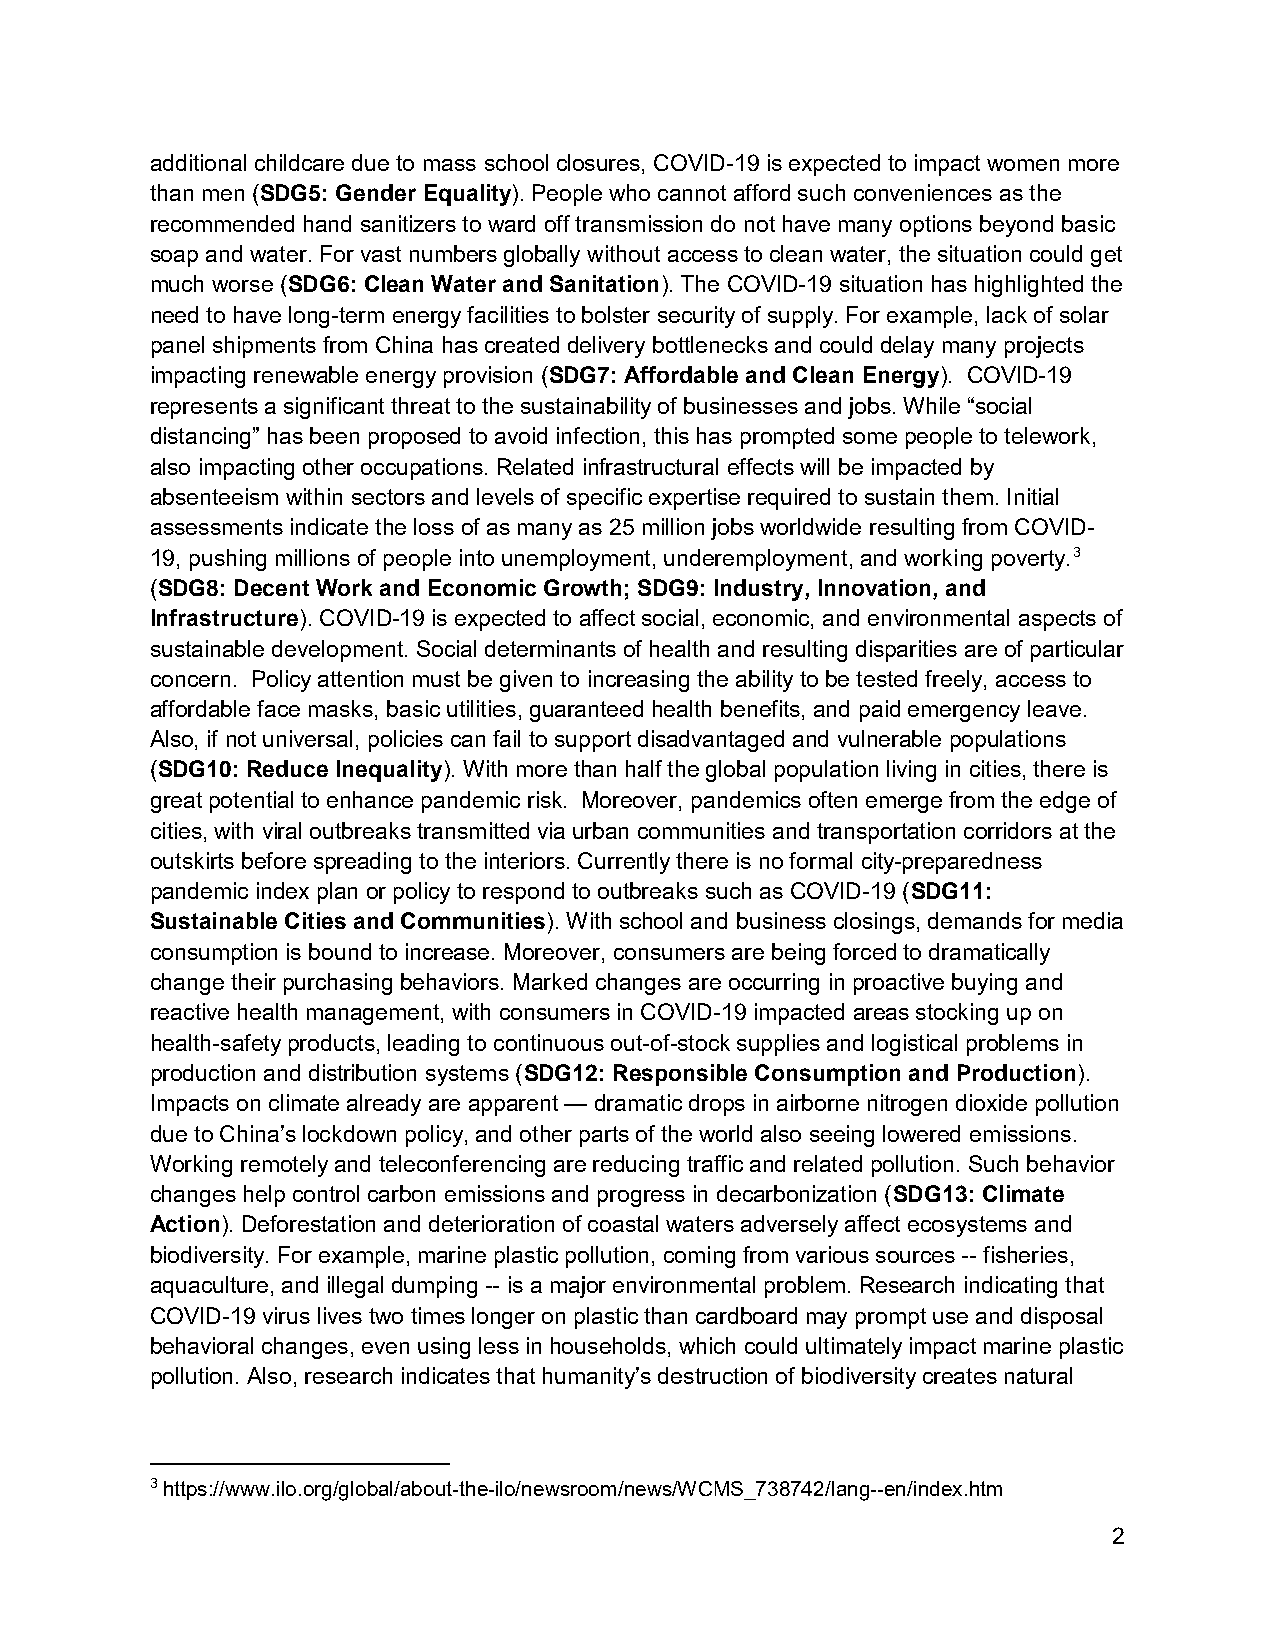
additional childcare due to mass school closures, COVID-19 is expected to impact women more
 than men (SDG5: Gender Equality). People who cannot afford such conveniences as the
 recommended hand sanitizers to ward off transmission do not have many options beyond basic
 soap and water. For vast numbers globally without access to clean water, the situation could get
 much worse (SDG6: Clean Water and Sanitation). The COVID-19 situation has highlighted the
 need to have long-term energy facilities to bolster security of supply. For example, lack of solar
 panel shipments from China has created delivery bottlenecks and could delay many projects
 impacting renewable energy provision (SDG7: Affordable and Clean Energy). COVID-19
 represents a significant threat to the sustainability of businesses and jobs. While “social
 distancing” has been proposed to avoid infection, this has prompted some people to telework,
 also impacting other occupations. Related infrastructural effects will be impacted by
 absenteeism within sectors and levels of specific expertise required to sustain them. Initial
 assessments indicate the loss of as many as 25 million jobs worldwide resulting from COVID-
 19, pushing millions of people into unemployment, underemployment, and working poverty.3
 (SDG8: Decent Work and Economic Growth; SDG9: Industry, Innovation, and
 Infrastructure). COVID-19 is expected to affect social, economic, and environmental aspects of
 sustainable development. Social determinants of health and resulting disparities are of particular
 concern. Policy attention must be given to increasing the ability to be tested freely, access to
 affordable face masks, basic utilities, guaranteed health benefits, and paid emergency leave.
 Also, if not universal, policies can fail to support disadvantaged and vulnerable populations
 (SDG10: Reduce Inequality). With more than half the global population living in cities, there is
 great potential to enhance pandemic risk. Moreover, pandemics often emerge from the edge of
 cities, with viral outbreaks transmitted via urban communities and transportation corridors at the
 outskirts before spreading to the interiors. Currently there is no formal city-preparedness
 pandemic index plan or policy to respond to outbreaks such as COVID-19 (SDG11:
 Sustainable Cities and Communities). With school and business closings, demands for media
 consumption is bound to increase. Moreover, consumers are being forced to dramatically
 change their purchasing behaviors. Marked changes are occurring in proactive buying and
 reactive health management, with consumers in COVID-19 impacted areas stocking up on
 health-safety products, leading to continuous out-of-stock supplies and logistical problems in
 production and distribution systems (SDG12: Responsible Consumption and Production).
 Impacts on climate already are apparent — dramatic drops in airborne nitrogen dioxide pollution
 due to China’s lockdown policy, and other parts of the world also seeing lowered emissions.
 Working remotely and teleconferencing are reducing traffic and related pollution. Such behavior
 changes help control carbon emissions and progress in decarbonization (SDG13: Climate
 Action). Deforestation and deterioration of coastal waters adversely affect ecosystems and
 biodiversity. For example, marine plastic pollution, coming from various sources -- fisheries,
 aquaculture, and illegal dumping -- is a major environmental problem. Research indicating that
 COVID-19 virus lives two times longer on plastic than cardboard may prompt use and disposal
 behavioral changes, even using less in households, which could ultimately impact marine plastic
 pollution. Also, research indicates that humanity’s destruction of biodiversity creates natural
 3 https://www.ilo.org/global/about-the-ilo/newsroom/news/WCMS_738742/lang--en/index.htm
 2